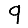
Digit: 9